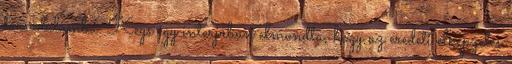
társadalomba. Keys egy interjúban elmondta, hogy az eredeti elképzelés